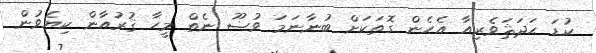
ކުޑަ ޙަދަޘަވެރިއާ އެހެން ގޮތަކަށް ބުނާނަމަ ވުޟޫ ނެތް މީހާ ޤުރުއާން ކިޔެވުން